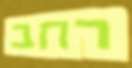
רחב